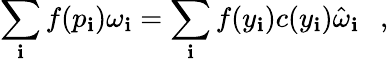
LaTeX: \sum_{\mathbf{i}}f(p_{\mathbf{i}})\omega_{\mathbf{i}}=\sum_{\mathbf{i}}f(y_{\mathbf{i}})c(y_{\mathbf{i}})\hat{{\omega}}_{\mathbf{i}}~~~,